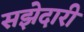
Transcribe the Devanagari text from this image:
सझेदारी